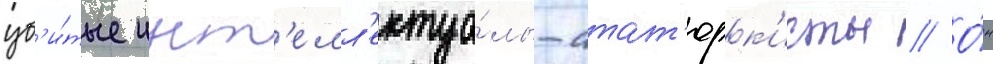
уб'и́тые инт'елл'ектуа́лы-атат'юрк'исты // О́н